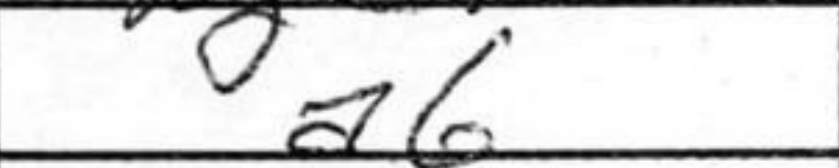
Transcription: a6